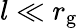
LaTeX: l\ll r_{\mathrm{g}}